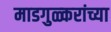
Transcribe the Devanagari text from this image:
माडगुळ्करांच्या